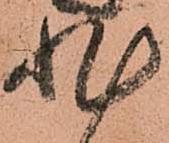
非